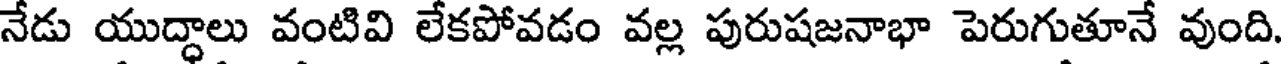
నేడు యుద్ధాలు వంటివి లేకపోవడం వల్ల పురుషజనాభా పెరుగుతూనే వుంది